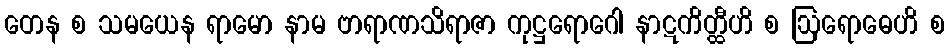
တေန စ သမယေန ရာမော နာမ ဗာရာဏသိရာဇာ ကုဋ္ဌရောဂေါ နာဋကိတ္ထီဟိ စ ဩရောဓေဟိ စ